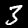
Label: 3